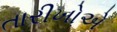
તારીખોએ